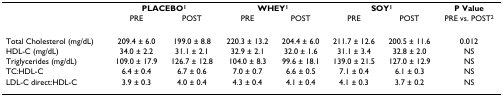
|  | <COLSPAN=2> PLACEBO1 | <COLSPAN=2> WHEY1 | <COLSPAN=2> SOY1 | P Value |
 |  | PRE | POST | PRE | POST | PRE | POST | PRE vs. POST2 |
 | --- | --- | --- | --- | --- | --- | --- | --- |
 | Total Cholesterol (mg/dL) | 209.4 ± 6.0 | 199.0 ± 8.8 | 220.3 ± 13.2 | 204.4 ± 6.0 | 211.7 ± 12.6 | 200.5 ± 11.6 | 0.012 |
 | HDL-C (mg/dL) | 34.0 ± 2.2 | 31.1 ± 2.1 | 32.9 ± 2.1 | 32.0 ± 1.6 | 31.1 ± 3.4 | 32.8 ± 2.0 | NS |
 | Triglycerides (mg/dL) | 109.0 ± 17.9 | 126.7 ± 12.8 | 104.0 ± 8.3 | 99.6 ± 18.1 | 139.0 ± 21.5 | 127.0 ± 12.9 | NS |
 | TC:HDL-C | 6.4 ± 0.4 | 6.7 ± 0.6 | 7.0 ± 0.7 | 6.6 ± 0.5 | 7.1 ± 0.4 | 6.1 ± 0.3 | NS |
 | LDL-C direct:HDL-C | 3.9 ± 0.3 | 4.0 ± 0.4 | 4.3 ± 0.4 | 4.1 ± 0.4 | 4.1 ± 0.3 | 3.7 ± 0.2 | NS |